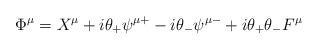
LaTeX: \begin{align*}\Phi ^\mu =X^\mu +i\theta _{+}\psi ^{\mu +}-i\theta _{-}\psi ^{\mu-}+i\theta _{+}\theta _{-}F^\mu\end{align*}